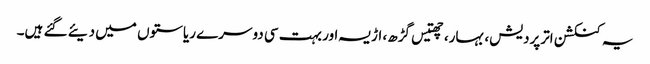
یہ کنکشن اترپردیش، بہار، چھتیس گڑھ، اڑیسہ اور بہت سی دوسرے ریاستوں میں دیئے گئے ہیں۔